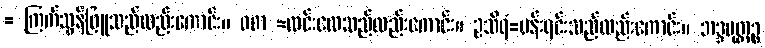
= ကြက်သွန်ဖြူသည်လည်းကောင်း။ ဝစာ =လင်းလေသည်လည်းကောင်း။ ဥသီရံ=ပန်းရင်းသည်လည်းကောင်း။ ဘဒ္ဒမုတ္တဉ္စ